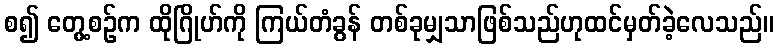
စ၍ တွေ့စဉ်က ထိုဂြိုဟ်ကို ကြယ်တံခွန် တစ်ခုမျှသာဖြစ်သည်ဟုထင်မှတ်ခဲ့လေသည်။